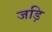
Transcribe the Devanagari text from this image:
जड़ि